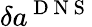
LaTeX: \delta{{a}^{\mathrm{~D~N~S~}}}